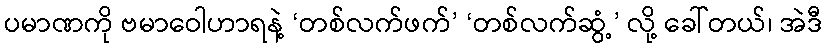
ပမာဏကို ဗမာဝေါဟာရနဲ့ ‘တစ်လက်ဖက်’ ‘တစ်လက်ဆွံ့’ လို့ ခေါ်တယ်၊ အဲဒီ